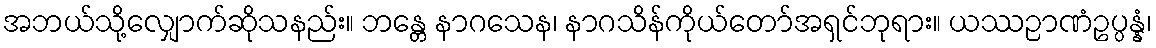
အဘယ်သို့လျှောက်ဆိုသနည်း။ ဘန္တေ နာဂသေန၊ နာဂသိန်ကိုယ်တော်အရှင်ဘုရား။ ယဿဉာဏံဥပ္ပန္နံ၊